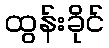
ထွန်းခိုင်